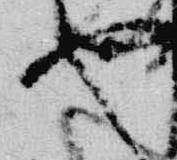
也